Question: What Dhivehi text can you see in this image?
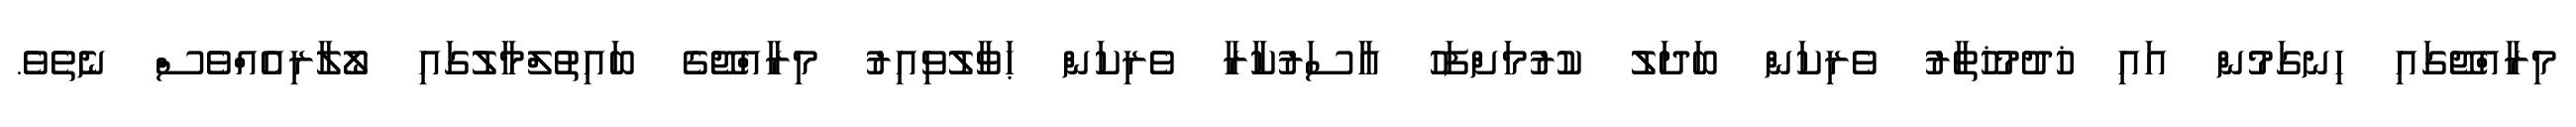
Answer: މިރާއްޖޭގައި ހިނގަމުން އައި ޚުދުމުޚުތާރު ވެރިކަން ބަދަލު ކުރުމަށްފަހު އާސަރުކާރާ ވެރިކަން ޙަވާލުވިއިރު މިރާއްޖޭގެ ބައިތުލްމާލުގައި ލޯލާރިއެއްވެސް ނެތެވެ.